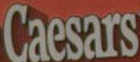
Caesars